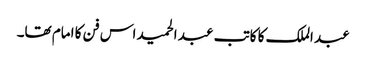
عبد الملک کا کاتب عبد الحمید اس فن کا امام تھا۔